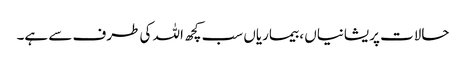
حالات پریشانیاں ، بیماریاں سب کچھ اللہ کی طرف سے ہے۔